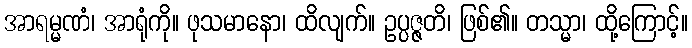
အာရမ္မဏံ၊ အာရုံကို။ ဖုသမာနော၊ ထိလျက်။ ဥပ္ပဇ္ဇတိ၊ ဖြစ်၏။ တသ္မာ၊ ထို့ကြောင့်။